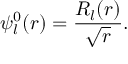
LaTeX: \psi _ { l } ^ { 0 } ( r ) = \frac { R _ { l } ( r ) } { \sqrt { r } } .